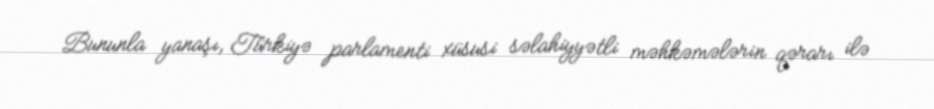
Bununla yanaşı, Türkiyə parlamenti xüsusi səlahiyyətli məhkəmələrin qərarı ilə